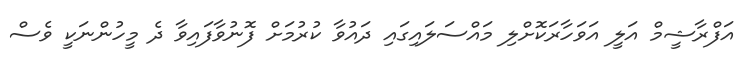
އަފްރާޝީމް އަލީ އަވަހާރަކޮށްލި މައްސަލައިގައި ދައުވާ ކުރުމަށް ފޮނުވާފައިވާ ދެ މީހުންނަކީ ވެސް